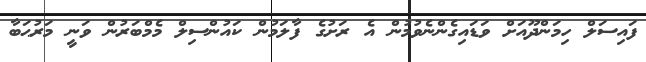
ފައިސަލް ހިމަންދޫއަށް ވަޑައިގެންނެވުމުން އެ ރަށުގެ ފާލަމުން ކައުންސިލް މެމްބަރުން ވަނީ މަރުޙަބާ